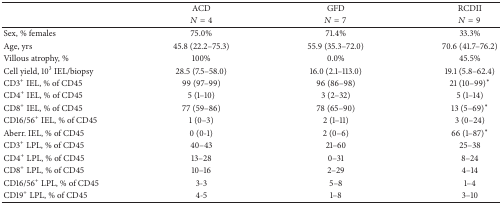
<table><thead><tr><td><b> </b></td><td><b>ACD</b></td><td><b>GFD</b></td><td><b>RCDII</b></td></tr><tr><td><b> </b></td><td><b><i>N</i> = 4</b></td><td><b><i>N</i> = 7</b></td><td><b><i>N</i> = 9</b></td></tr></thead><tbody><tr><td>Sex, % females</td><td>75.0%</td><td>71.4%</td><td>33.3%</td></tr><tr><td>Age, yrs</td><td>45.8 (22.2–75.3)</td><td>55.9 (35.3–72.0)</td><td>70.6 (41.7–76.2)</td></tr><tr><td>Villous atrophy, %</td><td>100%</td><td>0.0%</td><td>45.5%</td></tr><tr><td>Cell yield, 10<sup>3</sup> IEL/biopsy</td><td>28.5 (7.5–58.0)</td><td>16.0 (2.1–113.0)</td><td>19.1 (5.8–62.4)</td></tr><tr><td>CD3<sup>+</sup> IEL, % of CD45</td><td>99 (97–99)</td><td>96 (86–98)</td><td>21 (10–99)*</td></tr><tr><td>CD4<sup>+</sup> IEL, % of CD45</td><td>5 (1–10)</td><td>3 (2–32)</td><td>5 (1–14)</td></tr><tr><td>CD8<sup>+</sup> IEL, % of CD45</td><td>77 (59–86)</td><td>78 (65–90)</td><td>13 (5–69)*</td></tr><tr><td>CD16/56<sup>+</sup> IEL, % of CD45</td><td>1 (0–3)</td><td>2 (1–11)</td><td>3 (0–24)</td></tr><tr><td>Aberr. IEL, % of CD45</td><td>0 (0-1)</td><td>2 (0–6)</td><td>66 (1–87)*</td></tr><tr><td>CD3<sup>+</sup> LPL, % of CD45</td><td>40–43</td><td>21–60</td><td>25–38</td></tr><tr><td>CD4<sup>+</sup> LPL, % of CD45</td><td>13–28</td><td>0–31</td><td>8–24</td></tr><tr><td>CD8<sup>+</sup> LPL, % of CD45</td><td>10–16</td><td>2–29</td><td>4–14</td></tr><tr><td>CD16/56<sup>+</sup> LPL, % of CD45</td><td>3-3</td><td>5–8</td><td>1–4</td></tr><tr><td>CD19<sup>+</sup> LPL, % of CD45</td><td>4-5</td><td>1–8</td><td>3–10</td></tr></tbody></table>